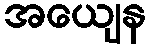
အယျေန